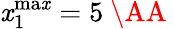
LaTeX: \mathit{x}_{1}^{\mathrm{{ma\mathit{x}}}}=5\mathrm{{~\AA~}}